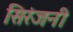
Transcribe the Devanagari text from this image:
सिरंजनी